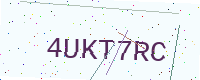
Text: 4UKT7RC